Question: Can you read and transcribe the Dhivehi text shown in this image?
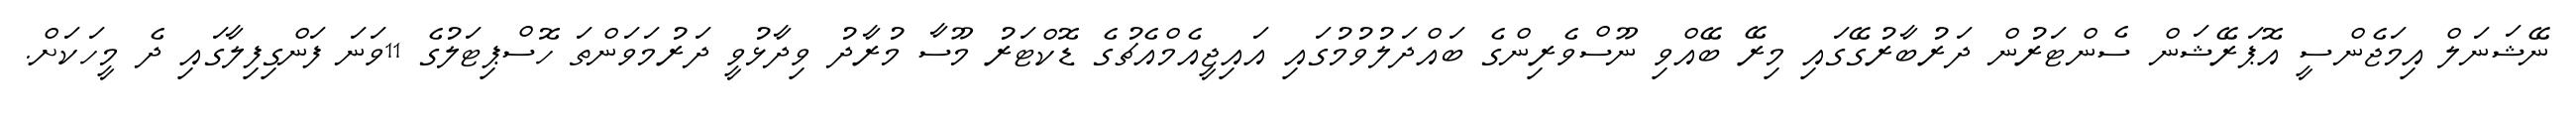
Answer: ނޭޝަނަލް އިމަޖެންސީ އޮޕަރޭޝަން ސެންޓަރުން ދަރުބާރުގޭގައި މިރޭ ބޭއްވި ނޫސްވެރިންގެ ބައްދަލުވުމުގައި އައިޖީއެމްއެޗުގެ ޑޮކްޓަރު މޫސާ މުރާދު ވިދާޅުވީ ދަރުމަވަންތަ ހޮސްޕިޓަލުގެ 11ވަނަ ފަންގިފިލާގައި ދެ މީހަކަށް.